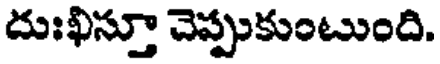
దుఃఖిస్తూ చెప్పుకుంటుంది.